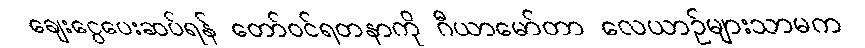
ချေးငွေပေးဆပ်ရန် တော်ဝင်ရတနာကို ဂီယာမော်တာ လေယာဉ်များသာမက